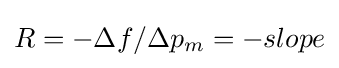
R=-\Delta f/\Delta p_{m}=-slope